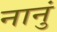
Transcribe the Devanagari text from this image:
नानुं